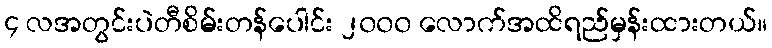
၄ လအတွင်းပဲတီစိမ်းတန်ပေါင်း ၂၀၀၀ လောက်အထိရည်မှန်းထားတယ်။